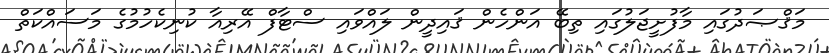
މަޤްޞަދުގައި މާފުށީޖަލުގައި ތިބޭ އަންހެން ޤައިދީން ލައްވައި ސްޓާފް އޭރިއާ ކުނިކެހުމުގެ މަސައްކަތް